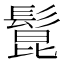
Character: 𩭭